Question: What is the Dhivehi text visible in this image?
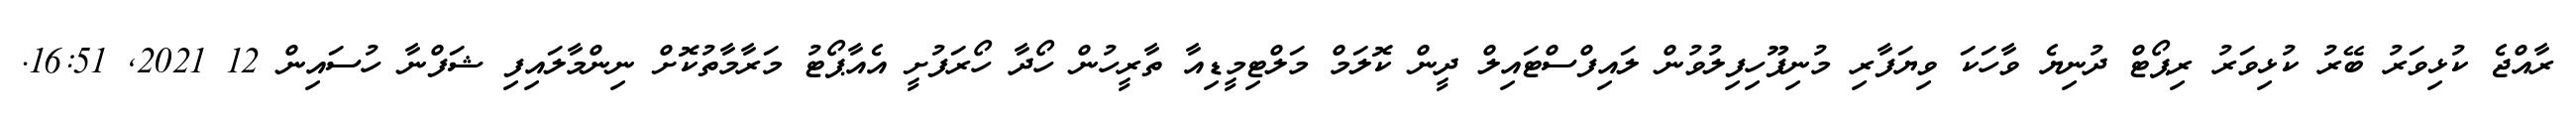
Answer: ރާއްޖެ ކުޅިވަރު ބޭރު ކުޅިވަރު ރިޕޯޓް ދުނިޔެ ވާހަކަ ވިޔަފާރި މުނިފޫހިފިލުވުން ލައިފްސްޓައިލް ދީން ކޮލަމް މަލްޓިމީޑިއާ ތާރީހުން ހޯދާ ހޯރަފުށީ އެއާޕޯޓު މަރާމާތުކޮށް ނިންމާލައިފި ޝަފްނާ ހުސައިން 12 2021, 16:51.